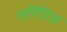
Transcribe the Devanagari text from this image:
लॉगैरिद्म